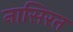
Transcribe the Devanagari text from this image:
नासिरत